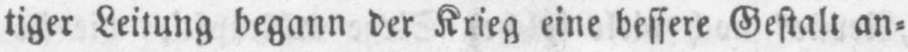
tiger Leitung begann der Krieg eine bessere Gestalt an⸗